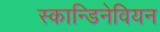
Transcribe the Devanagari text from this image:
स्कान्डिनेवियन